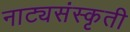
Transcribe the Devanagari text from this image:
नाट्यसंस्कृती